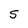
Character: S